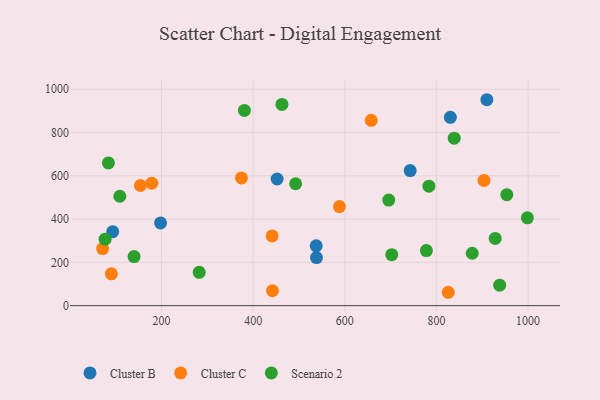
{"axis": {"x": "Study Hours", "y": "Profit"}, "legend": ["Cluster B", "Cluster C", "Scenario 2"], "data": [{"x": "830.5", "y": 870.1, "type": "Cluster B"}, {"x": "537.7", "y": 276.3, "type": "Cluster B"}, {"x": "197.9", "y": 382.1, "type": "Cluster B"}, {"x": "910.2", "y": 951.5, "type": "Cluster B"}, {"x": "538.3", "y": 222.1, "type": "Cluster B"}, {"x": "93.5", "y": 341.7, "type": "Cluster B"}, {"x": "742.8", "y": 624.0, "type": "Cluster B"}, {"x": "452.4", "y": 585.1, "type": "Cluster B"}, {"x": "71.5", "y": 263.8, "type": "Cluster C"}, {"x": "588.4", "y": 457.8, "type": "Cluster C"}, {"x": "441.5", "y": 322.4, "type": "Cluster C"}, {"x": "153.9", "y": 555.1, "type": "Cluster C"}, {"x": "374.5", "y": 590.2, "type": "Cluster C"}, {"x": "178.8", "y": 566.1, "type": "Cluster C"}, {"x": "657.8", "y": 856.4, "type": "Cluster C"}, {"x": "825.9", "y": 61.8, "type": "Cluster C"}, {"x": "442.2", "y": 68.8, "type": "Cluster C"}, {"x": "90.6", "y": 147.2, "type": "Cluster C"}, {"x": "903.9", "y": 578.5, "type": "Cluster C"}, {"x": "282.3", "y": 153.8, "type": "Scenario 2"}, {"x": "998.6", "y": 405.7, "type": "Scenario 2"}, {"x": "462.9", "y": 930.0, "type": "Scenario 2"}, {"x": "492.8", "y": 563.2, "type": "Scenario 2"}, {"x": "696.0", "y": 487.8, "type": "Scenario 2"}, {"x": "878.2", "y": 242.1, "type": "Scenario 2"}, {"x": "140.1", "y": 226.9, "type": "Scenario 2"}, {"x": "838.9", "y": 773.9, "type": "Scenario 2"}, {"x": "702.6", "y": 235.5, "type": "Scenario 2"}, {"x": "381.0", "y": 902.1, "type": "Scenario 2"}, {"x": "928.4", "y": 310.7, "type": "Scenario 2"}, {"x": "783.7", "y": 552.1, "type": "Scenario 2"}, {"x": "953.7", "y": 512.8, "type": "Scenario 2"}, {"x": "938.1", "y": 94.5, "type": "Scenario 2"}, {"x": "109.0", "y": 505.4, "type": "Scenario 2"}, {"x": "778.2", "y": 254.6, "type": "Scenario 2"}, {"x": "84.1", "y": 659.6, "type": "Scenario 2"}, {"x": "76.9", "y": 307.3, "type": "Scenario 2"}]}